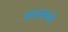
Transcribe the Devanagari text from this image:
आठमध्ये